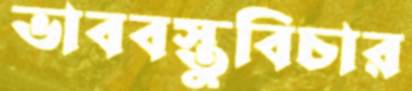
ভাববস্তুবিচার